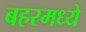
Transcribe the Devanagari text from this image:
बहरमध्ये